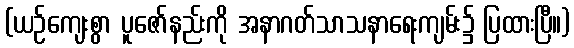
(ယဉ်ကျေးစွာ ပူဇော်နည်းကို အနာဂတ်သာသနာရေးကျမ်း၌ ပြထားပြီ။)